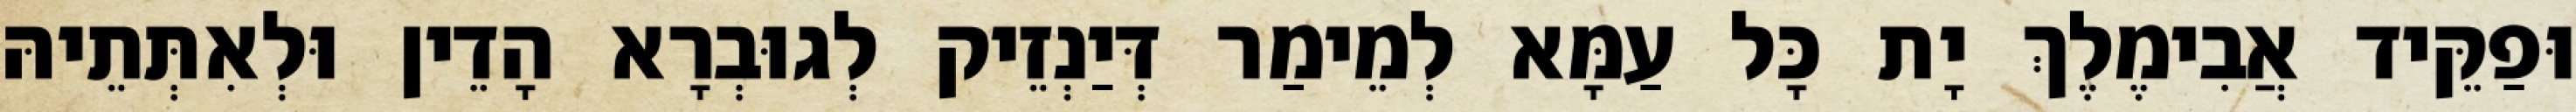
וּפַקֵּיד אֲבִימֶלֶךְ יָת כָּל עַמָּא לְמֵימַר דְּיַנְזֵיק לְגוּבְרָא הָדֵין וּלְאִתְּתֵיהּ